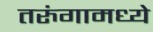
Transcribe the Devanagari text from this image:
तरुंगामध्ये